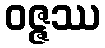
ဝဇ္ဇဿ